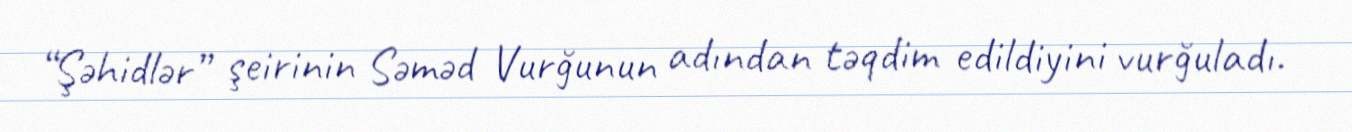
“Şəhidlər” şeirinin Səməd Vurğunun adından təqdim edildiyini vurğuladı.